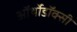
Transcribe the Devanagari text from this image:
ऑर्थोडॉक्सी